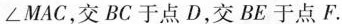
∠ M A C，交 B C 于点 D，交 B E 于点 F.